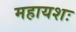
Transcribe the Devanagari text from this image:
महायशः